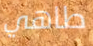
طاهي